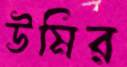
উমির